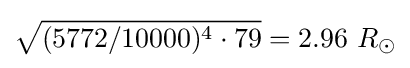
{\sqrt {(5772/10000)^{4}\cdot 79}}=2.96\ R_{\odot }